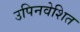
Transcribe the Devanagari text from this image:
उपिनवेशित